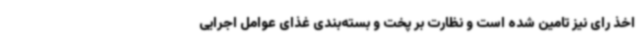
اخذ رای نیز تامین شده است و نظارت بر پخت و بسته‌بندی غذای عوامل اجرایی